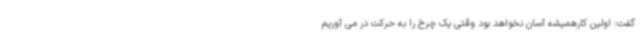
گفت: اولین کارهمیشه آسان نخواهد بود وقتی یک چرخ را به حرکت در می آوریم